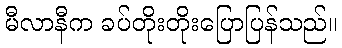
မီလာနီက ခပ်တိုးတိုးပြောပြန်သည်။